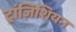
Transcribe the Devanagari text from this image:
ट्रांज़िशियन